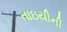
તાઇયીની